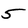
Character: 5